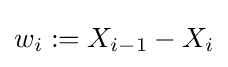
w_{i}:=X_{i-1}-X_{i}